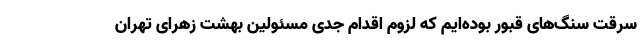
سرقت سنگ‌های قبور بوده‌ایم که لزوم اقدام جدی مسئولین بهشت زهرای تهران